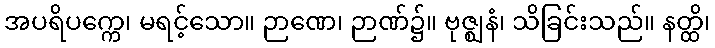
အပရိပက္ကေ၊ မရင့်သော။ ဉာဏေ၊ ဉာဏ်၌။ ဗုဇ္ဈနံ၊ သိခြင်းသည်။ နတ္ထိ၊